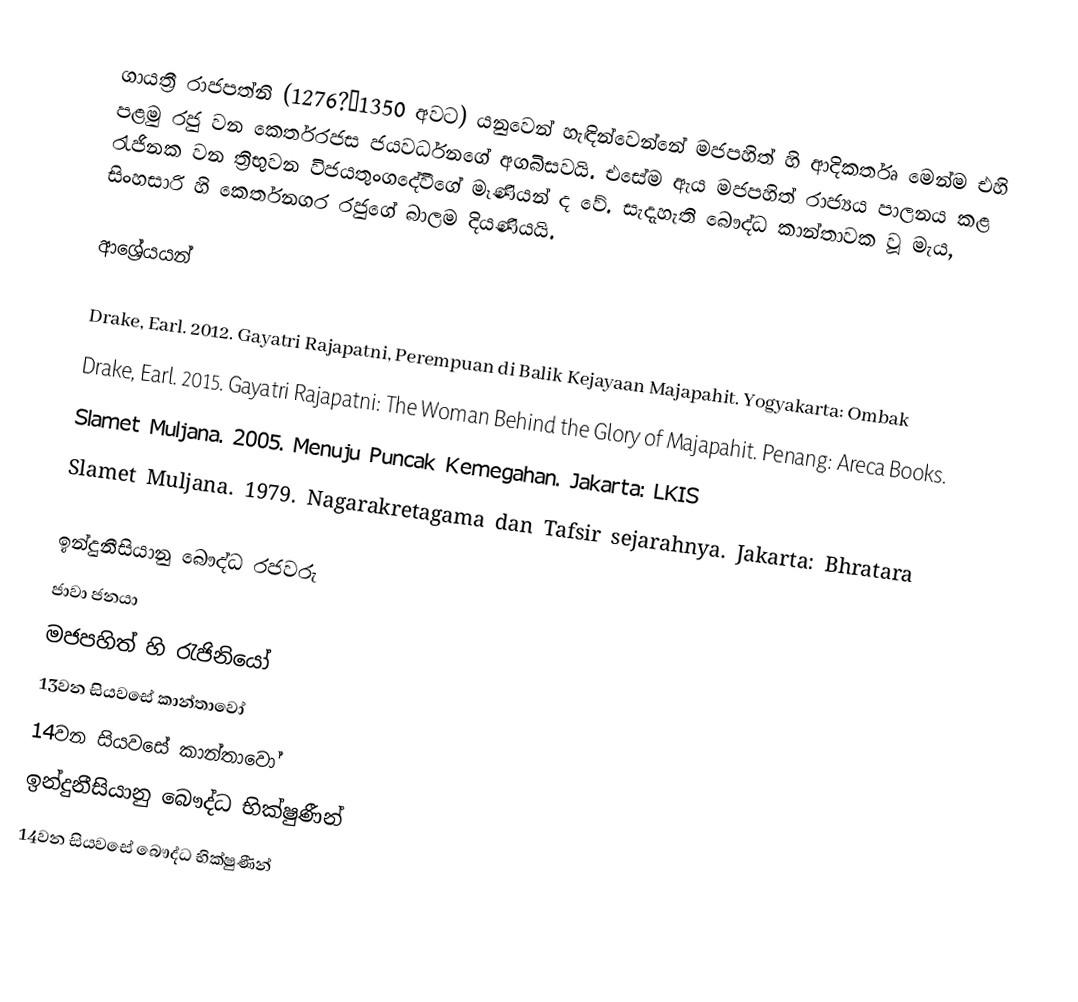
ගායත්‍රී රාජපත්නි (1276?—1350 අවට) යනුවෙන් හැඳින්වෙන්නේ මජපහිත් හි ආදිකර්තෘ මෙන්ම එහි පළමු රජු වන කෙර්තරජස ජයවර්ධනගේ අගබිසවයි. එසේම ඇය මජපහිත් රාජ්‍යය පාලනය කළ රැජිනක වන ත්‍රිභුවන විජයතුංගදේවීගේ මෑණියන් ද වේ. සැදැහැති බෞද්ධ කාන්තාවක වූ මැය, සිංහසාරි හි කෙර්තනගර රජුගේ බාලම දියණියයි.

ආශ්‍රේයයන්

 Drake, Earl. 2012. Gayatri Rajapatni, Perempuan di Balik Kejayaan Majapahit. Yogyakarta: Ombak
 Drake, Earl. 2015. Gayatri Rajapatni: The Woman Behind the Glory of Majapahit. Penang: Areca Books.
 Slamet Muljana. 2005. Menuju Puncak Kemegahan. Jakarta: LKIS
 Slamet Muljana. 1979. Nagarakretagama dan Tafsir sejarahnya. Jakarta: Bhratara

ඉන්දුනීසියානු බෞද්ධ රජවරු
ජාවා ජනයා
මජපහිත් හි රැජිනියෝ
13වන සියවසේ කාන්තාවෝ
14වන සියවසේ කාන්තාවෝ
ඉන්දුනීසියානු බෞද්ධ භික්ෂුණීන්
14වන සියවසේ බෞද්ධ භික්ෂුණීන්